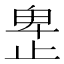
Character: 𰙮